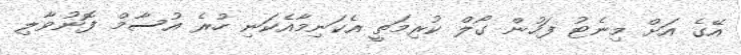
އޭގެ އަށް މިނެޓު ފަހުން ގޯލް ކުރިމަތީ އެކަނިމާއެކަނި ހުރެ އުސާމް ފޮނުވާލި